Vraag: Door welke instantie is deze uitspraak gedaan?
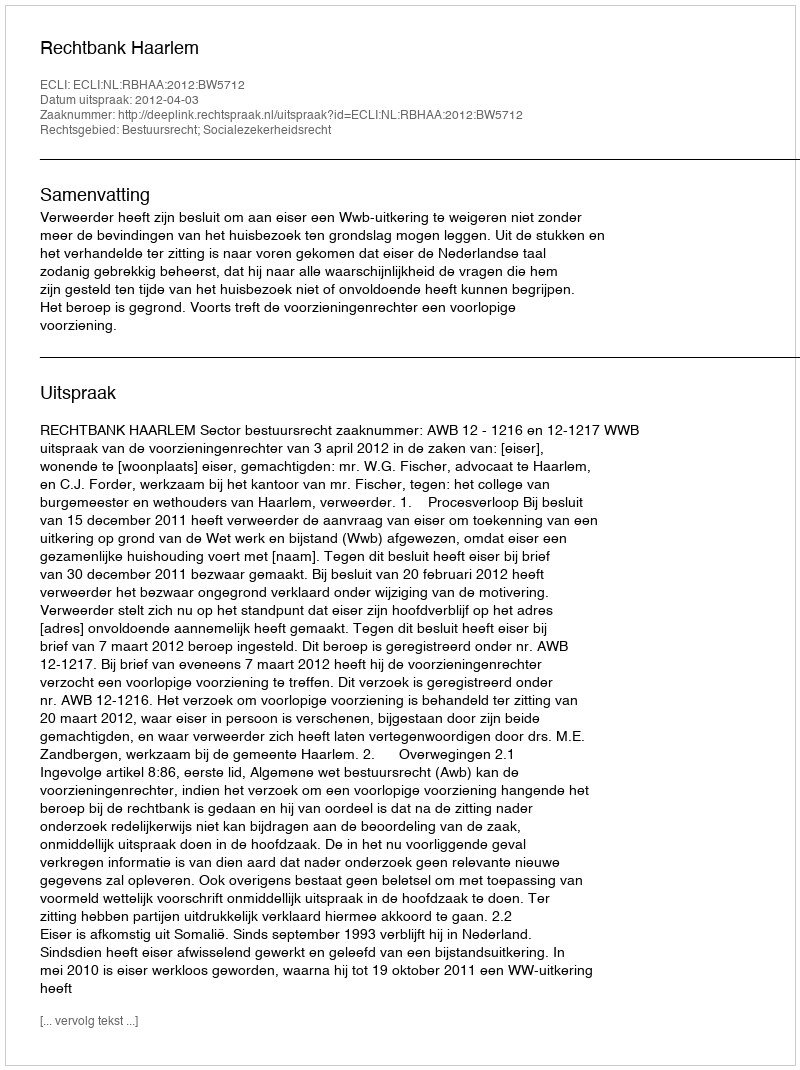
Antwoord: Rechtbank Haarlem